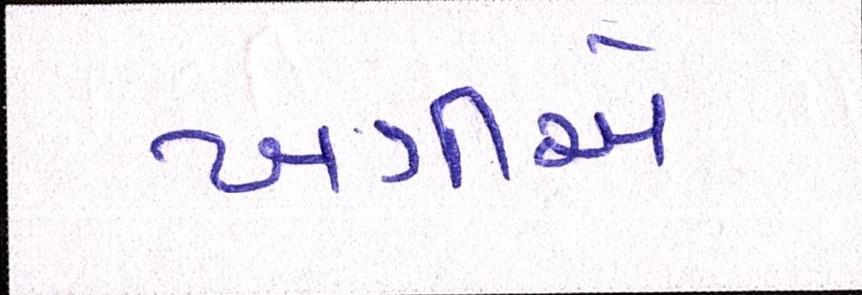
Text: ખત્રીએ